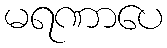
မရဏာပေ